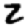
Digit: 2